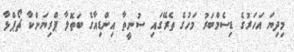
މިދިޔަ އަހަރުގެ ޑިސެމްބަރު މަހުގެ ތެރޭގައި ސުނީތާ އިންޑިއާގެ ބަތޮލާ ޕްރިޔަންކާ ޗޯޕްޅާ